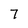
Character: 7